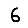
Digit: 6